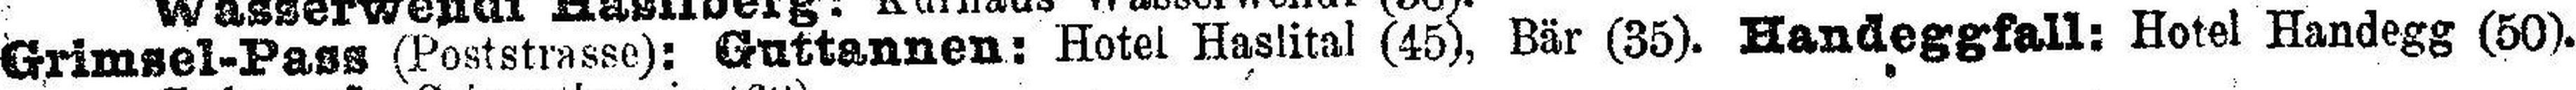
Grimsel-Pass (Poststrasse): Guttannen: Hotel Haslital (45), Bär (35). Handeggfall: Hotel Handegg (50).